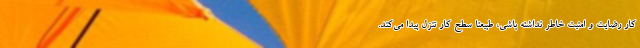
کار رضایت و امنیت خاطر نداشته باشی، طبیعتا سطح کار تنزل پیدا می‌کند.